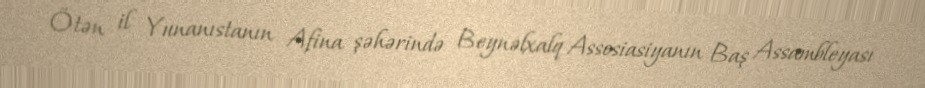
Ötən il Yunanıstanın Afina şəhərində Beynəlxalq Assosiasiyanın Baş Assambleyası